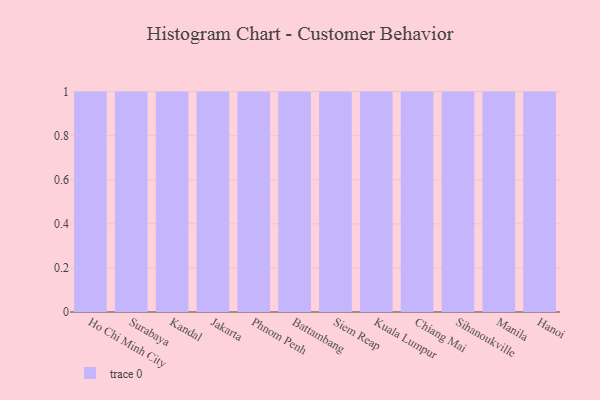
{"axis": {"x": "City", "y": "Churn Rate (%)"}, "legend": [""], "data": [{"x": "Ho Chi Minh City", "y": 19, "type": ""}, {"x": "Surabaya", "y": 70, "type": ""}, {"x": "Kandal", "y": 62, "type": ""}, {"x": "Jakarta", "y": 38, "type": ""}, {"x": "Phnom Penh", "y": 78, "type": ""}, {"x": "Battambang", "y": 43, "type": ""}, {"x": "Siem Reap", "y": 85, "type": ""}, {"x": "Kuala Lumpur", "y": 80, "type": ""}, {"x": "Chiang Mai", "y": 16, "type": ""}, {"x": "Sihanoukville", "y": 92, "type": ""}, {"x": "Manila", "y": 9, "type": ""}, {"x": "Hanoi", "y": 86, "type": ""}]}